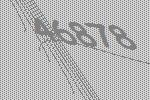
46878